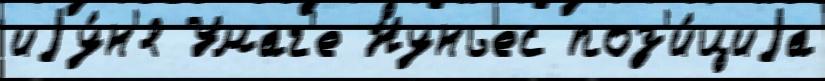
иjу́н'я Умаг'е Нуньес поз'и́циjа